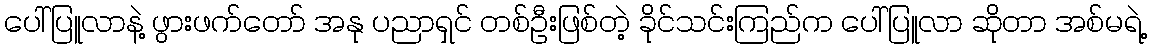
ပေါ်ပြူလာနဲ့ ဖွားဖက်တော် အနု ပညာရှင် တစ်ဦးဖြစ်တဲ့ ခိုင်သင်းကြည်က ပေါ်ပြူလာ ဆိုတာ အစ်မရဲ့